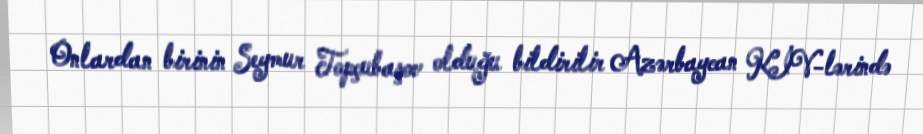
Onlardan birinin Seymur Topçubaşov olduğu bildirilir Azərbaycan KİV-lərində